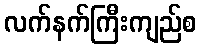
လက်နက်ကြီးကျည်စ